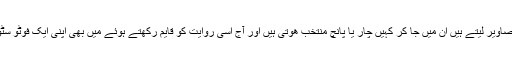
نیشنل جیوگرافک کے ماہر فوٹو جلنلسٹ ہمیں بتاتے تھے کہ ھم اپنی ایک فوٹو سٹوری کے لیے ۳۵ ہزار تصاویر لیتے ہیں ان میں جا کر کہیں چار یا پانچ منتخب ھوتی ہیں اور آج اسی روایت کو قایم رکھتے ہوئے میں بھی اپنی ایک فوٹو سٹوری کے لیے سینکڑوں تصویریں لیتی ھوں اور آخر میں جا کر دس سے پندرہ تصاویر منتخب کرتی ھوں۔